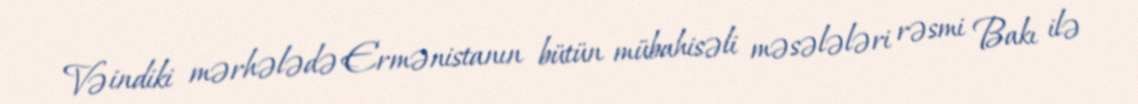
Və indiki mərhələdə Ermənistanın bütün mübahisəli məsələləri rəsmi Bakı ilə